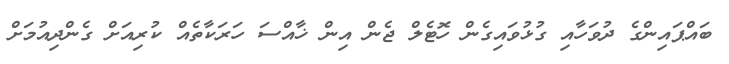
ބައްޕައިންގެ ދުވަހާއި ގުޅުވައިގެން ހޮޓެލް ޖެން އިން ޚާއްސަ ހަރަކާތެއް ކުރިއަށް ގެންދިއުމަށް